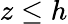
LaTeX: z\le h